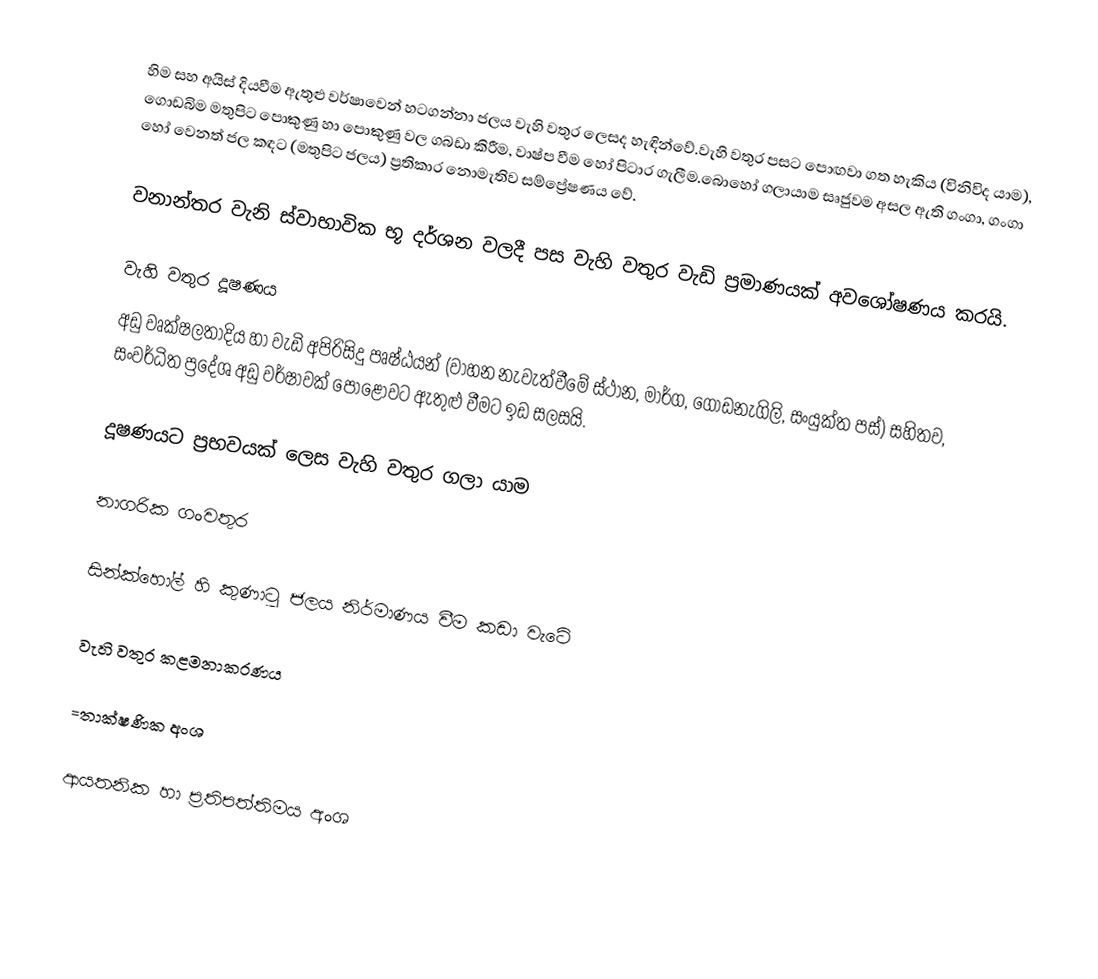
හිම සහ අයිස් දියවීම ඇතුළු වර්ෂාවෙන් හටගන්නා ජලය වැහි වතුර ලෙසද හැඳින්වේ.වැහි වතුර පසට පොඟවා ගත හැකිය (විනිවිද යාම), ගොඩබිම මතුපිට පොකුණු හා පොකුණු වල ගබඩා කිරීම, වාෂ්ප වීම හෝ පිටාර ගැලීම.බොහෝ ගලායාම සෘජුවම අසල ඇති ගංගා, ගංගා හෝ වෙනත් ජල කඳට (මතුපිට ජලය) ප්‍රතිකාර නොමැතිව සම්ප්‍රේෂණය වේ.

වනාන්තර වැනි ස්වාභාවික භූ දර්ශන වලදී පස වැහි වතුර වැඩි ප්‍රමාණයක් අවශෝෂණය කරයි.

වැහි වතුර දූෂණය
අඩු වෘක්ෂලතාදිය හා වැඩි අපිරිසිදු පෘෂ්ඨයන් (වාහන නැවැත්වීමේ ස්ථාන, මාර්ග, ගොඩනැගිලි, සංයුක්ත පස්) සහිතව, සංවර්ධිත ප්‍රදේශ අඩු වර්ෂාවක් පොළොවට ඇතුළු වීමට ඉඩ සලසයි.

දූෂණයට ප්‍රභවයක් ලෙස වැහි වතුර ගලා යාම

නාගරික ගංවතුර

සින්ක්හෝල් හි කුණාටු ජලය නිර්මාණය වීම කඩා වැටේ

වැහි වතුර කළමනාකරණය

=තාක්ෂණික අංශ

ආයතනික හා ප්‍රතිපත්තිමය අංශ